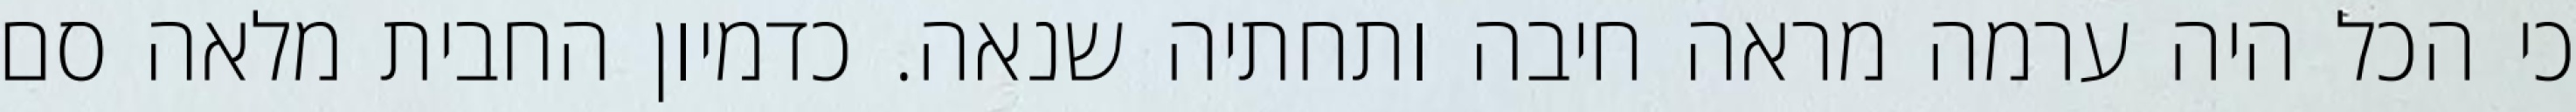
כי הכל היה ערמה מראה חיבה ותחתיה שנאה. כדמיון החבית מלאה סם